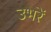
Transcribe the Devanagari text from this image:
उभरें